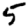
Digit: 5